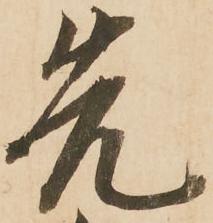
先